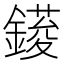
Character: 𨫳